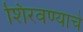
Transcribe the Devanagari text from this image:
शिरवण्याचे